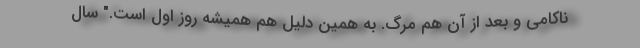
ناکامی و بعد از آن هم مرگ. به همین دلیل هم همیشه روز اول است." سال